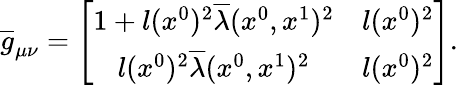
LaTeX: \overline{{{g}}}_{\mu\nu}=\left[\begin{array}{cc}{{1+l(x^{0})^{2}\overline{{{\lambda}}}(x^{0},x^{1})^{2}}}&{{l(x^{0})^{2}}}\\ {{l(x^{0})^{2}\overline{{{\lambda}}}(x^{0},x^{1})^{2}}}&{{l(x^{0})^{2}}}\end{array}\right].